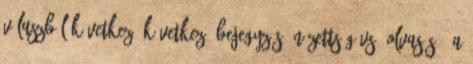
válaszból Következő Következő bejegyzés: Nézettség vs. olvasás – a